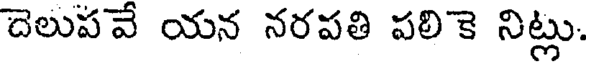
దెలుపవే యన నరపతి పలికె నిట్లు.